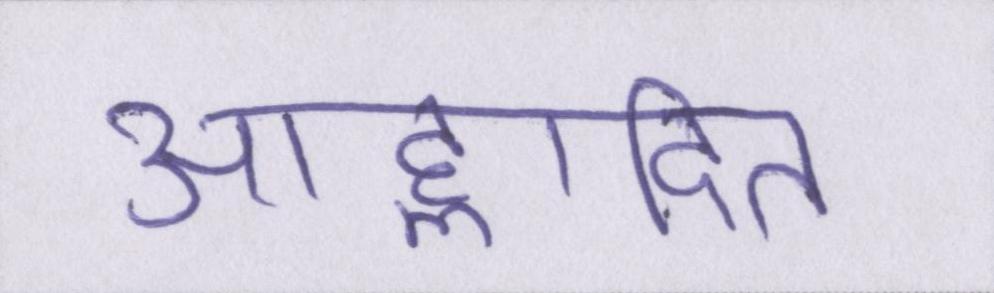
आह्लादित